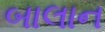
બાલાન